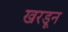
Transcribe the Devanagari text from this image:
खरडून